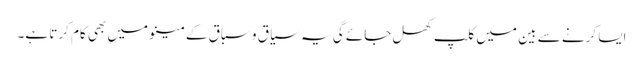
ایسا کرنے سے بین میں کلپ کھل جائے گی یہ سیاق و سباق کے مینو میں بھی کام کرتا ہے۔